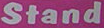
Stand